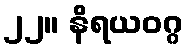
၂၂။ နိရယဝဂ္ဂ